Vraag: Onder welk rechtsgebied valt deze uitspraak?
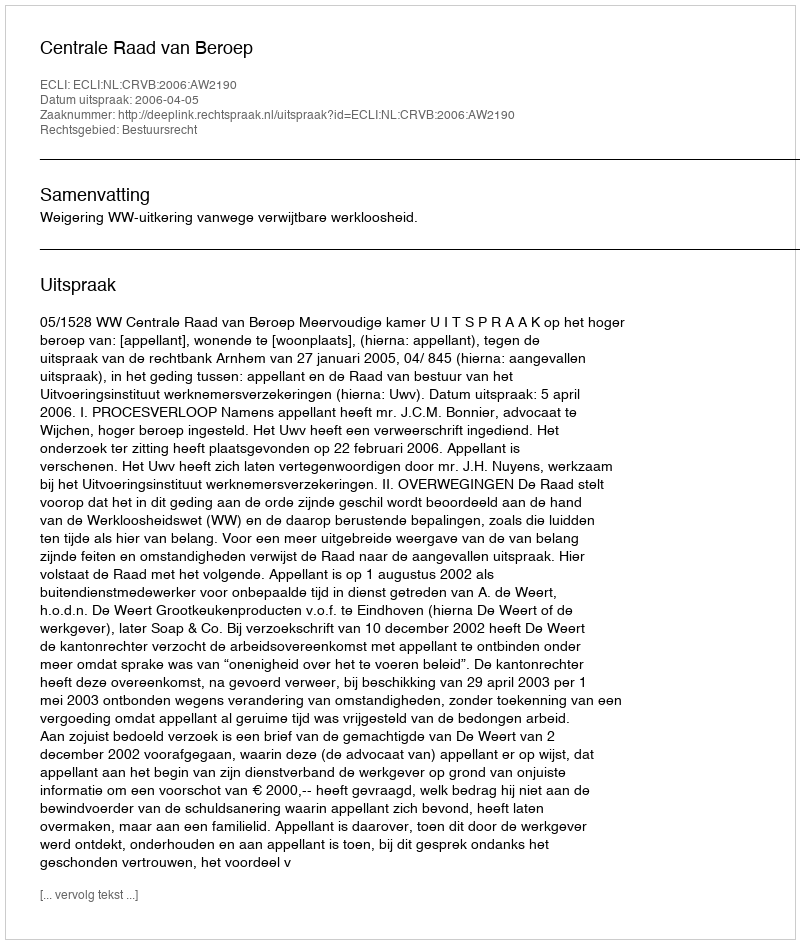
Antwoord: Bestuursrecht